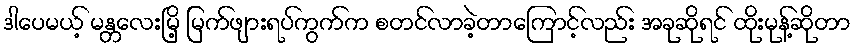
ဒါပေမယ့် မန္တလေးမြိ့ မြက်ဖျားရပ်ကွက်က စတင်လာခဲ့တာကြောင့်လည်း အခုဆိုရင် ထိုးမုန့်ဆိုတာ